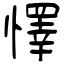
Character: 懌